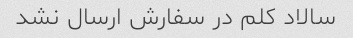
سالاد کلم در سفارش ارسال نشد